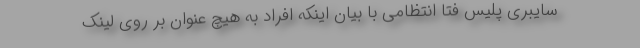
سایبری پلیس فتا انتظامی‌ با بیان اینکه افراد به هیچ عنوان بر روی لینک